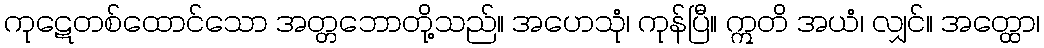
ကုဋေတစ်ထောင်သော အတ္တဘောတို့သည်။ အဟေသုံ၊ ကုန်ပြီ။ ဣတိ အယံ၊ လျှင်။ အတ္ထော၊